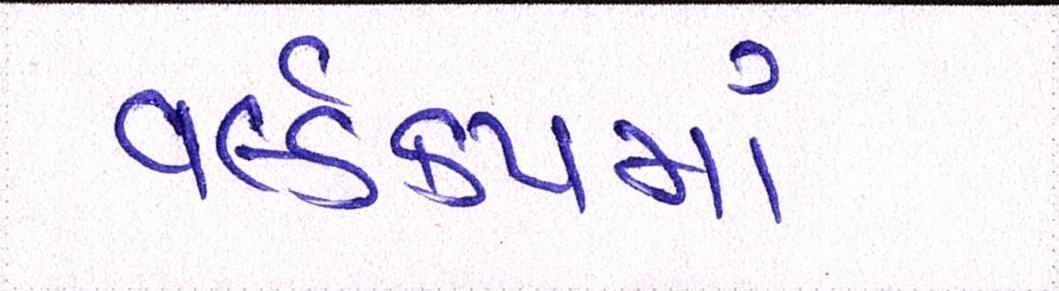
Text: વર્લ્ડકપમાં